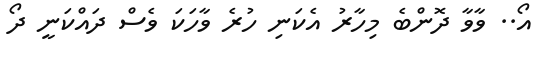
އޯ.. ވާވާ ދޮންބެ މިހާރު އެކަނި ހުރެ ވާހަކަ ވެސް ދައްކަނީ ދޯ